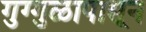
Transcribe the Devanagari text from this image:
गुग्गुळापासून